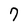
Character: 7